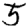
Digit: 5